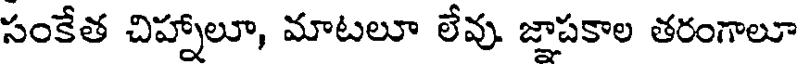
సంకేత చిహ్నాలూ, మాటలూ లేవు. జ్ఞాపకాల తరంగాలూ